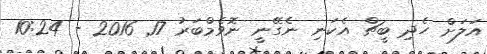
އަލަށް ހެދި ބީޗް އެކަނި ނެގޭނީ ނޮވެމްބަރު 17